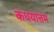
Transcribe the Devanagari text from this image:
कधयात्तम